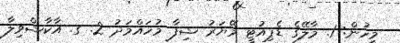
މީހުން: 1. މާލޭގެ ޑެޕިއުޓީ މޭޔަރު ޝިފާ މުހައްމަދު 2. ގ. އާކާޝްވިލާ